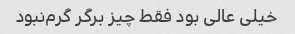
خیلی عالی بود فقط چیز برگر گرم‌نبود